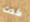
كدت